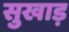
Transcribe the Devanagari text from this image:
सुखाड़